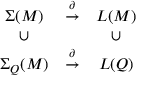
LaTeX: \begin{array} { c c c } { { \Sigma ( M ) } } & { { \stackrel { \partial } { \to } } } & { { L ( M ) } } \\ { { \cup } } & { { } } & { { \cup } } \\ { { \Sigma _ { Q } ( M ) } } & { { \stackrel { \partial } { \to } } } & { { L ( Q ) } } \end{array}